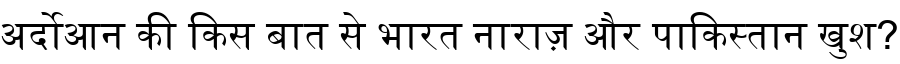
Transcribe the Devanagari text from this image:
अर्दोआन की किस बात से भारत नाराज़ और पाकिस्तान खुश?